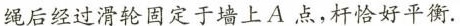
绳后经过滑轮固定于墙上A点,杆恰好平衡.